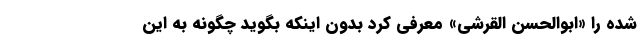
شده را «ابوالحسن القرشی» معرفی کرد بدون اینکه بگوید چگونه به این